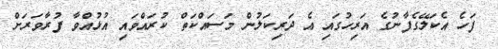
ފަހެ އެކަލޭގެފާނުގެ އަރިހުގައި އެ ދަރިކަލުން މަސައްކަތް ކުރައްވައި އުޅުއްވާ ފުރާވަރަށް